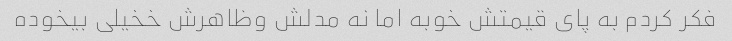
فکر کردم به پای قیمتش خوبه اما نه مدلش وظاهرش خخیلی بیخوده